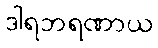
ဒါရဘရဏာယ